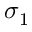
\sigma _ { 1 }